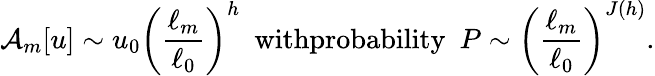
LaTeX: \mathcal{A}_{m}[u]\sim u_{0}\left(\frac{\ell_{m}}{\ell_{0}}\right)^{h}\ \ \textrm{withprobability}\ \ P\sim\left(\frac{\ell_{m}}{\ell_{0}}\right)^{J(h)}.